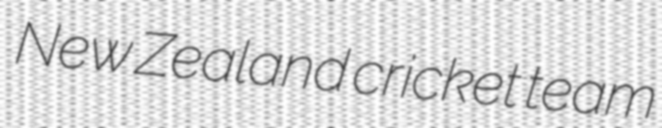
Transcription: New Zealand cricket team